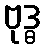
ဗုဒ္ဓ